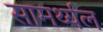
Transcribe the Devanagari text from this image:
सामर्थ्यल